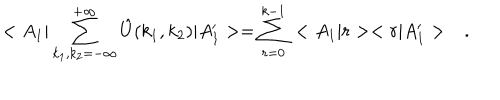
LaTeX: < A _ { 1 } | \sum _ { k _ { 1 } , k _ { 2 } = - \infty } ^ { + \infty } \hat { U } ( k _ { 1 } , k _ { 2 } ) | A _ { 1 } ^ { \prime } > = \sum _ { r = 0 } ^ { k - 1 } \, < A _ { 1 } | r > < r | A _ { 1 } ^ { \prime } > \ \ \ .